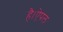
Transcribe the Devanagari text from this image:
है।ऐपल